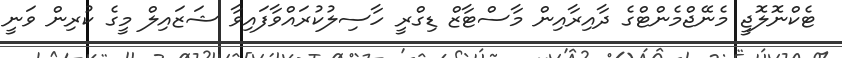
ޓެކްނޮލޮޖީ މެނޭޖްމެންޓްގެ ދާއިރާއިން މާސްޓާޒް ޑިގްރީ ހާސިލުކުރައްވާފައިވާ ޝަޒައިލް މީގެ ކުރިން ވަނީ